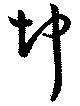
坤